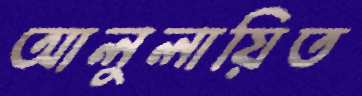
আলুলায়িত